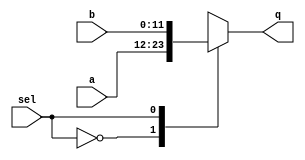
//Verilog HDL for "MU0_lib", "mux_2to1_12bit" "functional"
//This is a mux that selects between two variables of 12 bits each

module mux_2to1_12bit ( output reg [11:0] q,
			input [11:0] a,
			input [11:0] b,
			input sel );

always @ (*)			//Always when an input is changed go into this always block
begin
	case(sel)		//Select a case based on the sel variable
		0: q = a;	//If sel is 0 then the output will get the value of a
		1: q = b;	//If sel is 1 then the output will get the value of b
		default: q = 12'hxxx; //default for testing
	endcase
end

endmodule